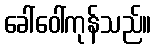
ခေါ်ဝေါ်ကုန်သည်။